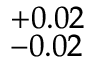
^ { + 0 . 0 2 } _ { - 0 . 0 2 }